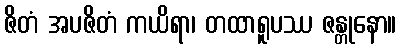
ဇိတံ အပဇိတံ ကယိရာ၊ တထာရူပဿ ဇန္တုနော။